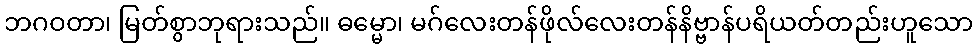
ဘဂဝတာ၊ မြတ်စွာဘုရားသည်။ ဓမ္မော၊ မဂ်လေးတန်ဖိုလ်လေးတန်နိဗ္ဗာန်ပရိယတ်တည်းဟူသော